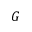
G